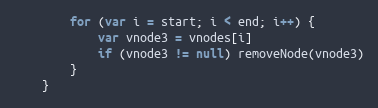
Language: JavaScript
		for (var i = start; i < end; i++) {
			var vnode3 = vnodes[i]
			if (vnode3 != null) removeNode(vnode3)
		}
	}